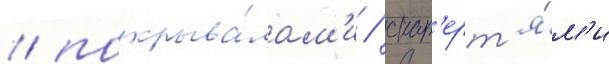
/ покрыва́лам'и / скат'ерт'я́м'и